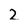
Character: 2